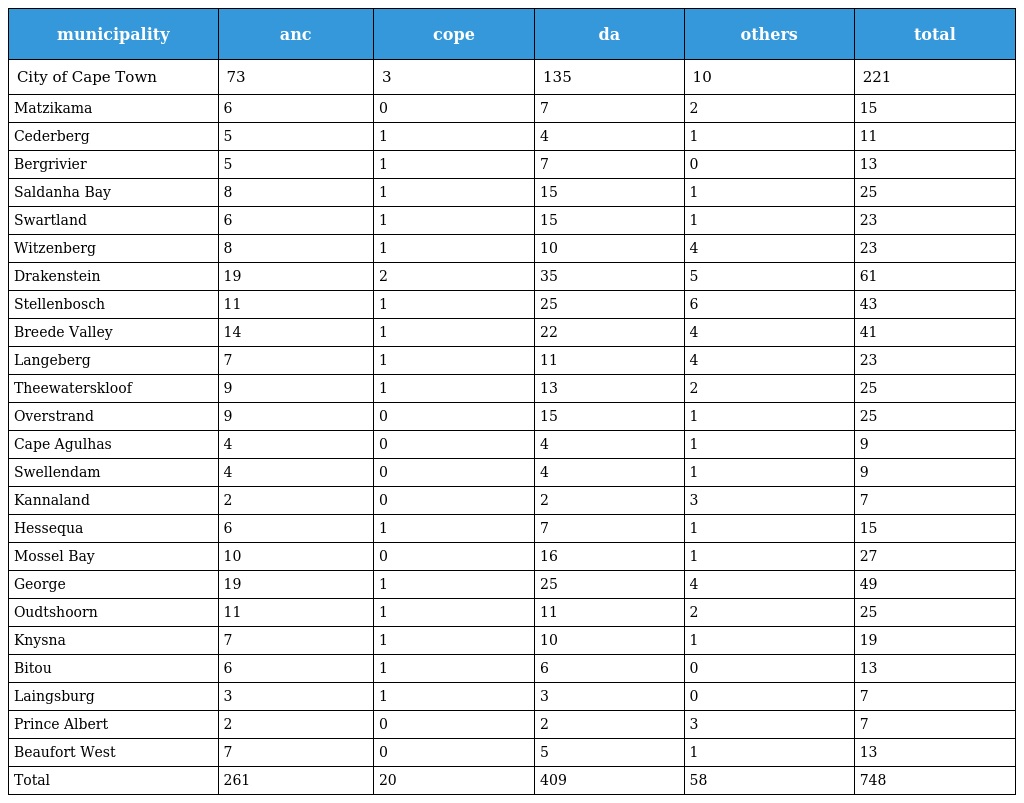
| municipality | anc | cope | da | others | total |
 | --- | --- | --- | --- | --- | --- |
 | City of Cape Town | 73 | 3 | 135 | 10 | 221 |
 | Matzikama | 6 | 0 | 7 | 2 | 15 |
 | Cederberg | 5 | 1 | 4 | 1 | 11 |
 | Bergrivier | 5 | 1 | 7 | 0 | 13 |
 | Saldanha Bay | 8 | 1 | 15 | 1 | 25 |
 | Swartland | 6 | 1 | 15 | 1 | 23 |
 | Witzenberg | 8 | 1 | 10 | 4 | 23 |
 | Drakenstein | 19 | 2 | 35 | 5 | 61 |
 | Stellenbosch | 11 | 1 | 25 | 6 | 43 |
 | Breede Valley | 14 | 1 | 22 | 4 | 41 |
 | Langeberg | 7 | 1 | 11 | 4 | 23 |
 | Theewaterskloof | 9 | 1 | 13 | 2 | 25 |
 | Overstrand | 9 | 0 | 15 | 1 | 25 |
 | Cape Agulhas | 4 | 0 | 4 | 1 | 9 |
 | Swellendam | 4 | 0 | 4 | 1 | 9 |
 | Kannaland | 2 | 0 | 2 | 3 | 7 |
 | Hessequa | 6 | 1 | 7 | 1 | 15 |
 | Mossel Bay | 10 | 0 | 16 | 1 | 27 |
 | George | 19 | 1 | 25 | 4 | 49 |
 | Oudtshoorn | 11 | 1 | 11 | 2 | 25 |
 | Knysna | 7 | 1 | 10 | 1 | 19 |
 | Bitou | 6 | 1 | 6 | 0 | 13 |
 | Laingsburg | 3 | 1 | 3 | 0 | 7 |
 | Prince Albert | 2 | 0 | 2 | 3 | 7 |
 | Beaufort West | 7 | 0 | 5 | 1 | 13 |
 | Total | 261 | 20 | 409 | 58 | 748 |